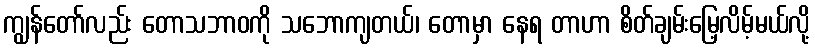
ကျွန်တော်လည်း တောသဘာဝကို သဘောကျတယ်၊ တောမှာ နေရ တာဟာ စိတ်ချမ်းမြေ့လိမ့်မယ်လို့